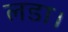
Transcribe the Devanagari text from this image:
लडा।